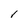
Character: l